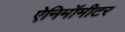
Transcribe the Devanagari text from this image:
ऐनिमॉमीटर